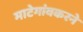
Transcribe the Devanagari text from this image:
माटेगांवकरने